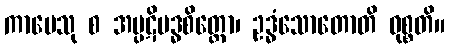
ကာမေသု စ အပ္ပဋိဗဒ္ဓစိတ္တော၊ ဥဒ္ဓံသောတောတိ ဝုစ္စတိ။